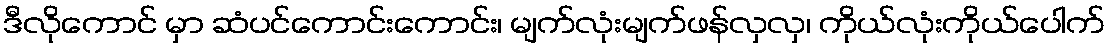
ဒီလိုကောင် မှာ ဆံပင်ကောင်းကောင်း၊ မျက်လုံးမျက်ဖန်လှလှ၊ ကိုယ်လုံးကိုယ်ပေါက်